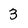
Character: 3